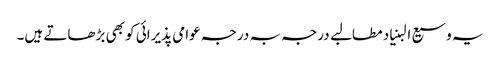
یہ وسیع البنیاد مطالبے درجہ بہ درجہ عوامی پذیرائی کو بھی بڑھاتے ہیں۔